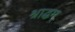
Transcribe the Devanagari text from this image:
श्राद्धम्‌